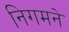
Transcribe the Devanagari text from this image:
निगमने